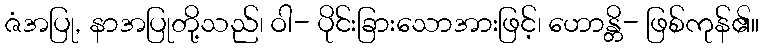
ဇံအပြု, နာအပြုတို့သည်၊ ဝါ- ပိုင်းခြားသောအားဖြင့်၊ ဟောန္တိ- ဖြစ်ကုန်၏။